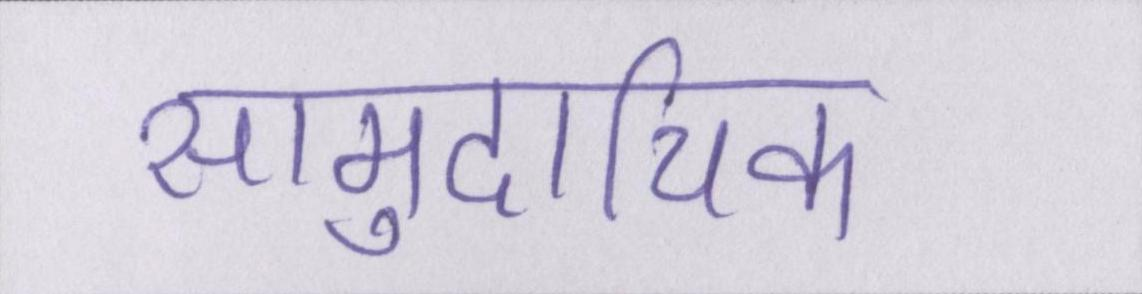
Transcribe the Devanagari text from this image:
सामुदायिक